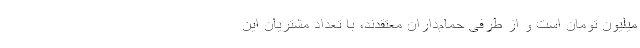
میلیون تومان است و از طرفی حمام‌داران معتقدند، با تعداد مشتریان این